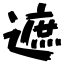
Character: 遮